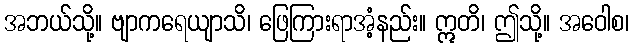
အဘယ်သို့။ ဗျာကရေယျာသိ၊ ဖြေကြားရာအံ့နည်း။ ဣတိ၊ ဤသို့။ အဝေါစ၊